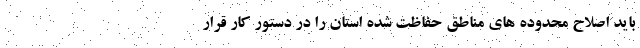
باید اصلاح محدوده های مناطق حفاظت شده استان را در دستور کار قرار